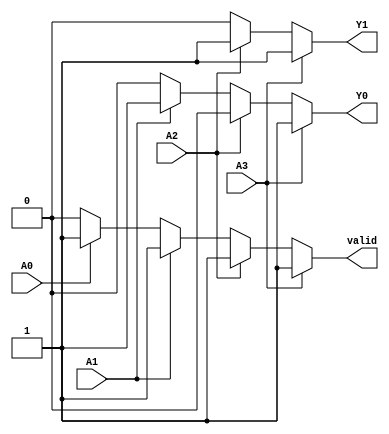
module priority_encoder (
    input wire A0,  // Input 0 (lowest priority)
    input wire A1,  // Input 1
    input wire A2,  // Input 2
    input wire A3,  // Input 3 (highest priority)
    output reg Y0,  // Output 0
    output reg Y1,  // Output 1
    output reg valid // Indicates if the output is valid (1) or invalid (0)
);

always @(*) begin
    // Default outputs
    Y0 = 1'b0;
    Y1 = 1'b0;
    valid = 1'b0; // Assume invalid by default

    // Priority encoding logic
    if (A3) begin
        Y1 = 1'b1;
        Y0 = 1'b1;
        valid = 1'b1; // Valid output
    end else if (A2) begin
        Y1 = 1'b1;
        Y0 = 1'b0;
        valid = 1'b1; // Valid output
    end else if (A1) begin
        Y1 = 1'b0;
        Y0 = 1'b1;
        valid = 1'b1; // Valid output
    end else if (A0) begin
        Y1 = 1'b0;
        Y0 = 1'b0;
        valid = 1'b1; // Valid output
    end else begin
        // If no inputs are active, outputs remain as default (Y1, Y0 = 00)
        valid = 1'b0; // No valid input
    end
end

endmodule